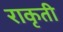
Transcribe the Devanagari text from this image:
राकृती